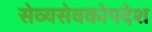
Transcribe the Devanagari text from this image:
सेव्यसेवकोपदेश